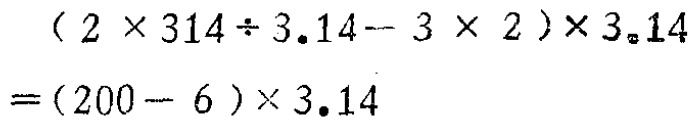
\[

\begin{align*}

&(2\times314\div3.14 - 3\times2)\times3.14\\

=&(200 - 6)\times3.14

\end{align*}

\]